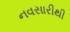
નવસારીથી